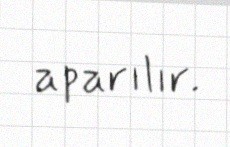
aparılır.